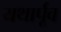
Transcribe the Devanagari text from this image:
यथार्पूव